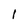
Character: l